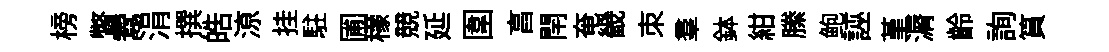
榜瞥鬻涓撰皓鿌挂駐圃檬競延圍亯閈奄畿朿羣鉢紺縢鲍誣堇漘齡詢篔